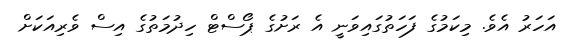
އަހަރު އެވެ. މިކަމުގެ ފަހަތުގައިވަނީ އެ ރަށުގެ ޕޯސްޓް ހިދުމަތުގެ އިސް ވެރިއަކަށް